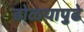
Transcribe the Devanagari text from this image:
डोळयापुढे